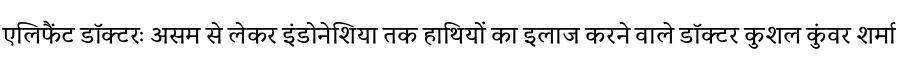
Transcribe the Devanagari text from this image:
एलिफैंट डॉक्टरः असम से लेकर इंडोनेशिया तक हाथियों का इलाज करने वाले डॉक्टर कुशल कुंवर शर्मा